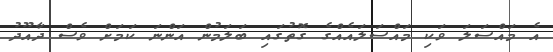
އެ މައްސަލަ ވަކި މައްސަލައެއްގެ ގޮތުގައި ބަލަމުން އަންނަ ކަމަށް ވެސް ދާއޫދު